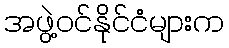
အဖွဲ့ဝင်နိုင်ငံများက